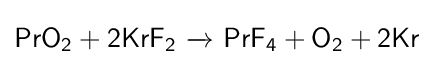
{\mathsf {PrO_{2}+2KrF_{2}\ {\xrightarrow {}}\ PrF_{4}+O_{2}+2Kr}}